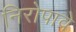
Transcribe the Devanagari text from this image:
निरोपावे